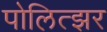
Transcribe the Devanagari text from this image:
पोलित्झर